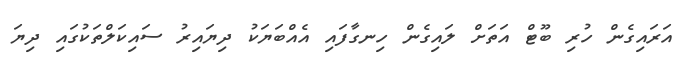
އަރައިގެން ހުރި ބޫޓް އަތަށް ލައިގެން ހިނގާފައި އެއްބަޔަކު ދިޔައިރު ސައިކަލްތަކުގައި ދިޔަ